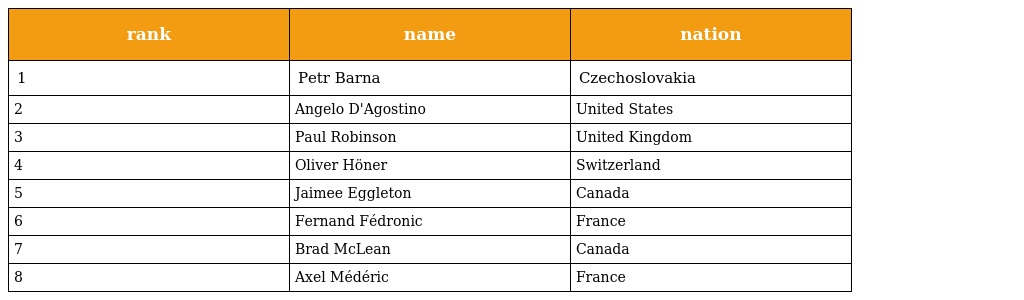
| rank | name | nation |
 | --- | --- | --- |
 | 1 | Petr Barna | Czechoslovakia |
 | 2 | Angelo D'Agostino | United States |
 | 3 | Paul Robinson | United Kingdom |
 | 4 | Oliver Höner | Switzerland |
 | 5 | Jaimee Eggleton | Canada |
 | 6 | Fernand Fédronic | France |
 | 7 | Brad McLean | Canada |
 | 8 | Axel Médéric | France |